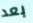
بعد